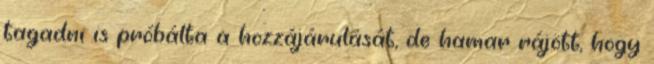
tagadni is próbálta a hozzájárulását, de hamar rájött, hogy